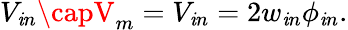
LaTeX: V_{\mathit{i}n}\capV_{m}=V_{\mathit{i}n}=2w_{\mathit{i}n}\phi_{\mathit{i}n}.